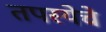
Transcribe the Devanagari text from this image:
तपस्येचे